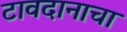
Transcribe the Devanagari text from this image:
टावदानाचा